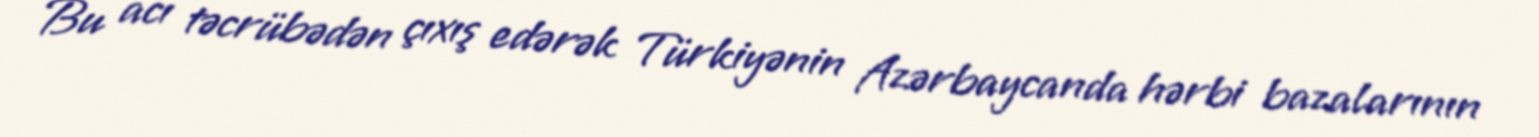
Bu acı təcrübədən çıxış edərək Türkiyənin Azərbaycanda hərbi bazalarının